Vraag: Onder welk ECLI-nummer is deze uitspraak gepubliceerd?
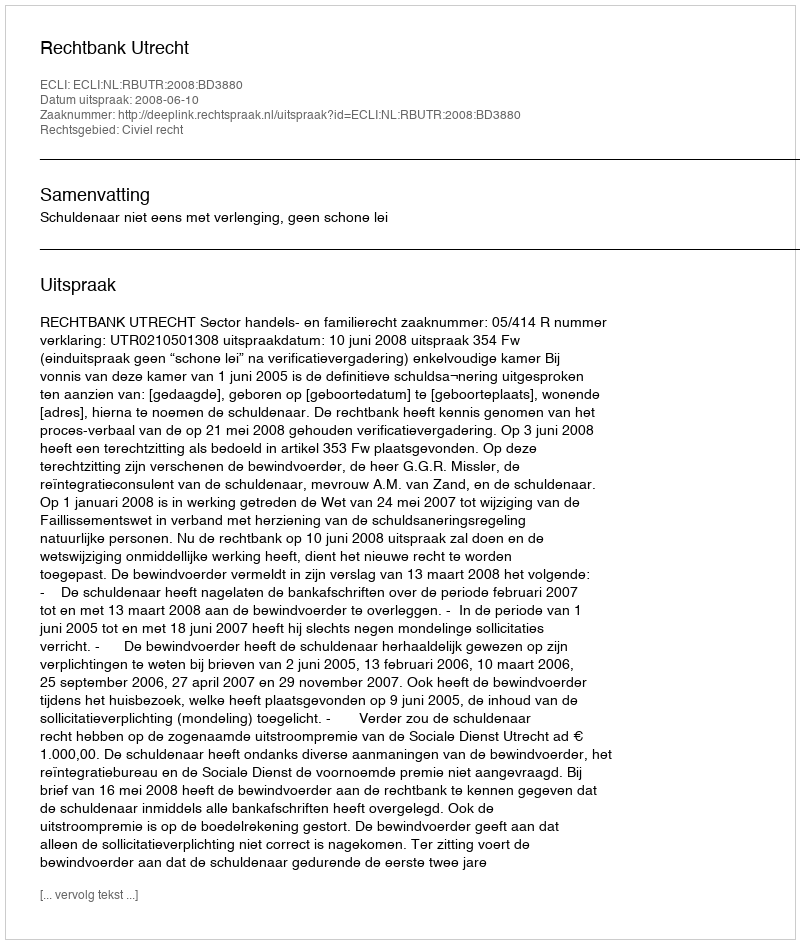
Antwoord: ECLI:NL:RBUTR:2008:BD3880